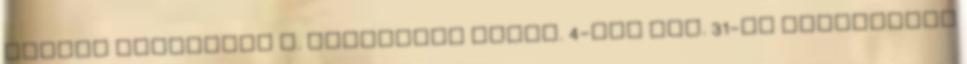
ételek története c. kiállítás szept. 4-től okt. 31-ig tekinthető